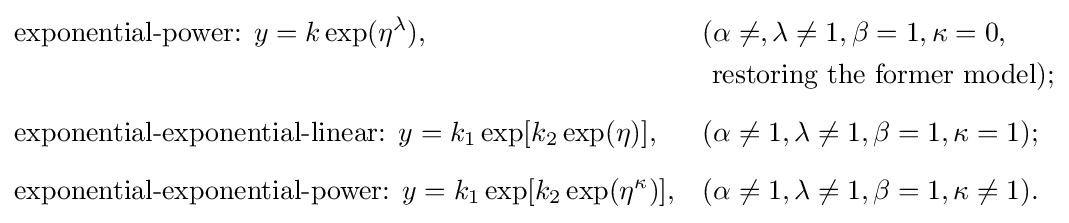
{\begin{aligned}&{\text{exponential-power: }}y=k\exp(\eta ^{\lambda }),&&(\alpha \neq ,\lambda \neq 1,\beta =1,\kappa =0,\\&&&{\text{  restoring the former model}});\\[6pt]&{\text{exponential-exponential-linear: }}y=k_{1}\exp[k_{2}\exp(\eta )],&&(\alpha \neq 1,\lambda \neq 1,\beta =1,\kappa =1);\\[6pt]&{\text{exponential-exponential-power: }}y=k_{1}\exp[k_{2}\exp(\eta ^{\kappa })],&&(\alpha \neq 1,\lambda \neq 1,\beta =1,\kappa \neq 1).\end{aligned}}